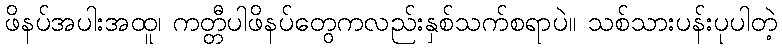
ဖိနပ်အပါးအထူ၊ ကတ္တီပါဖိနပ်တွေကလည်းနှစ်သက်စရာပဲ။ သစ်သားပန်းပုပါတဲ့